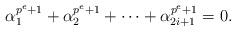
LaTeX: \begin{align*} \alpha_1^{p^{e}+1}+\alpha_2^{p^{e}+1}+\cdots+\alpha_{2i+1}^{p^{e}+1}=0. \end{align*}